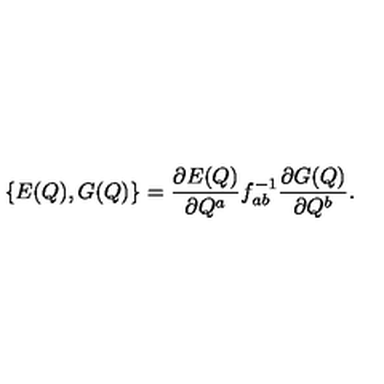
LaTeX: \{ E ( Q ) , G ( Q ) \} = { \frac { { \partial E ( Q ) } } { { \partial Q ^ { a } } } } f _ { a b } ^ { - 1 } { \frac { { \partial G ( Q ) } } { { \partial Q ^ { b } } } . }